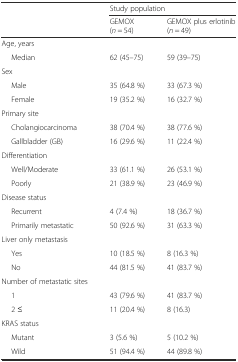
|  | <COLSPAN=2> Study population |
 |  | GEMOX (n = 54) | GEMOX plus erlotinib (n = 49) |
 | --- | --- | --- |
 | Age, years |  |  |
 | Median | 62 (45–75) | 59 (39–75) |
 | Sex |  |  |
 | Male | 35 (64.8 %) | 33 (67.3 %) |
 | Female | 19 (35.2 %) | 16 (32.7 %) |
 | Primary site |  |  |
 | Cholangiocarcinoma | 38 (70.4 %) | 38 (77.6 %) |
 | Gallbladder (GB) | 16 (29.6 %) | 11 (22.4 %) |
 | Differentiation |  |  |
 | Well/Moderate | 33 (61.1 %) | 26 (53.1 %) |
 | Poorly | 21 (38.9 %) | 23 (46.9 %) |
 | Disease status |  |  |
 | Recurrent | 4 (7.4 %) | 18 (36.7 %) |
 | Primarily metastatic | 50 (92.6 %) | 31 (63.3 %) |
 | Liver only metastasis |  |  |
 | Yes | 10 (18.5 %) | 8 (16.3 %) |
 | No | 44 (81.5 %) | 41 (83.7 %) |
 | Number of metastatic sites |  |  |
 | 1 | 43 (79.6 %) | 41 (83.7 %) |
 | 2 ≤ | 11 (20.4 %) | 8 (16.3) |
 | KRAS status |  |  |
 | Mutant | 3 (5.6 %) | 5 (10.2 %) |
 | Wild | 51 (94.4 %) | 44 (89.8 %) |